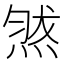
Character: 𱫧